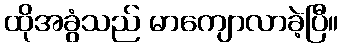
ထိုအခွံသည် မာကျောလာခဲ့ပြီ။